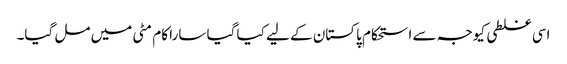
اسی غلطی کیوجہ سے استحکام پاکستان کے لیے کیا گیا سارا کام مٹی میں مل گیا۔